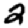
Digit: 2